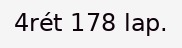
4rét 178 lap.